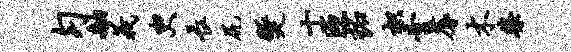
匀舳义臾长尻燹十匝拓枳啻蓐木柴